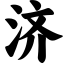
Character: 济